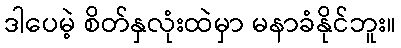
ဒါပေမဲ့ စိတ်နှလုံးထဲမှာ မနာခံနိုင်ဘူး။